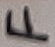
Text: F